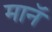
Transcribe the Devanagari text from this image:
मानॅ